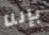
بإننا